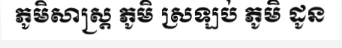
ភូមិសាស្ត្រ ភូមិ ស្រឡប់ ភូមិ ដូន